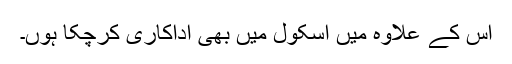
اس کے علاوہ میں اسکول میں بھی اداکاری کرچکا ہوں۔